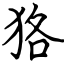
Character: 狢